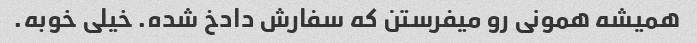
همیشه همونی رو میفرستن که سفارش دادخ شده. خیلی خوبه.